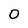
Character: 0